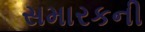
સમારકની